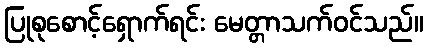
ပြုစုစောင့်ရှောက်ရင်း မေတ္တာသက်ဝင်သည်။